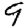
Digit: 9